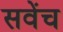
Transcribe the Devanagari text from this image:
सवेंच